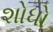
શોધો